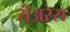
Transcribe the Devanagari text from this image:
येअरेस